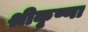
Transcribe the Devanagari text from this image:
श्रीकृष्णा